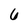
Character: 6